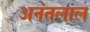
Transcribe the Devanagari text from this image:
अनंतलाल